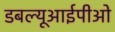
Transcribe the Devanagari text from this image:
डबल्यूआईपीओ